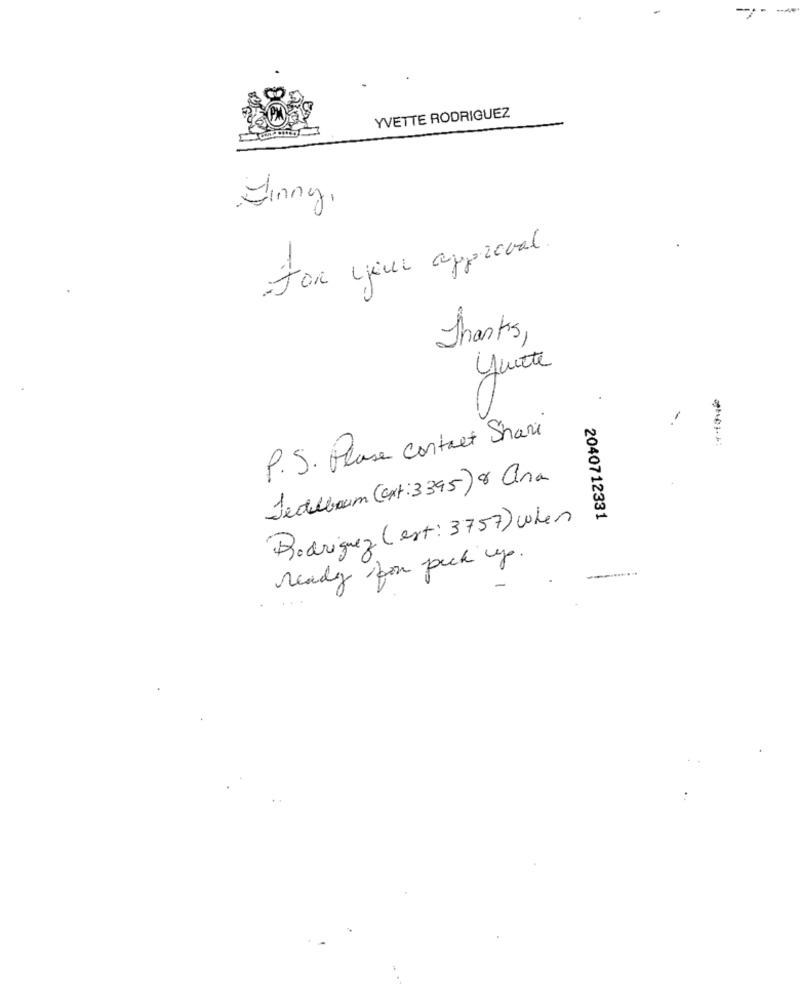
YVETTE RODRIGUEZ
Ginny,
For your approval.
Thanks,
ywite
-.
P.S. Please contact Shari
Jedebaum (Gxt : 3395) 8 ana
2040712331
Rodriguez (est: 3757) When
ready for pick up.